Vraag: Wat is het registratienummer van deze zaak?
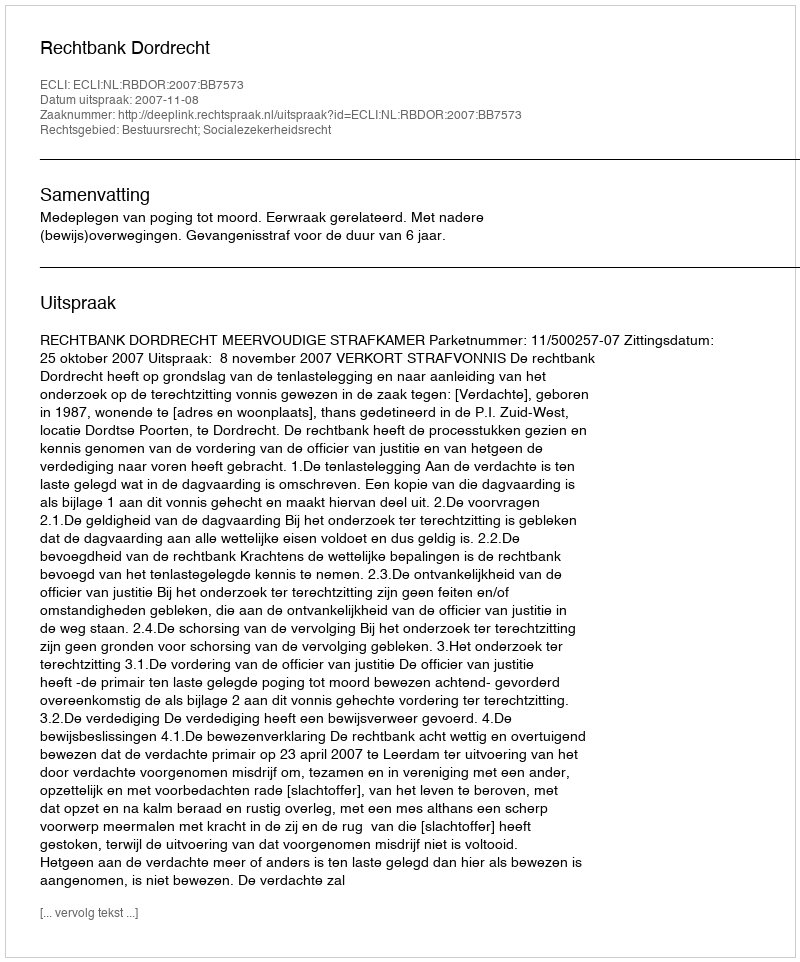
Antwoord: http://deeplink.rechtspraak.nl/uitspraak?id=ECLI:NL:RBDOR:2007:BB7573